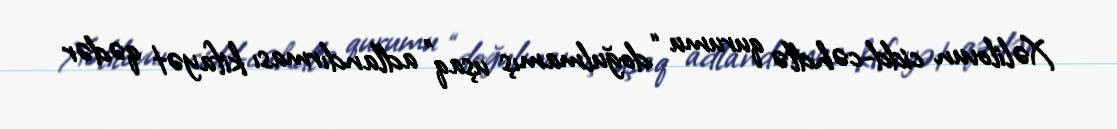
Xəlilovun cidd-cəhdlə qurumu “doğulmamış uşaq” adlandırması kifayət qədər